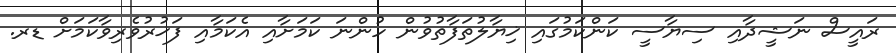
ރައީސް ނަޝީދާއި ސިޔާސީ ކަންކަމުގައި ޚިޔާލުތަފާތުވުން ހުންނަ ކަމަށާއި އެކަމާއި ފަޚުރުވެރިވާކަމަށް ޑރ.